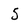
Character: 5